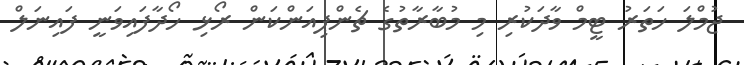
ޖުމްލަ ހަތަރު ޓީމް ވާދަކުރި މި މުބާރާތުގެ ޗެންޕިއަންކަން ރޯޅި ހޯދާފައިވަނީ ފައިނަލް